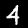
Label: 4